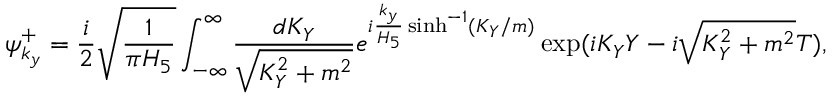
\psi _ { k _ { y } } ^ { + } = \frac { i } { 2 } \sqrt { \frac { 1 } { \pi H _ { 5 } } } \int _ { - \infty } ^ { \infty } \frac { d K _ { Y } } { \sqrt { K _ { Y } ^ { 2 } + m ^ { 2 } } } e ^ { i { \frac { k _ { y } } { H _ { 5 } } } \sinh ^ { - 1 } ( K _ { Y } / m ) } \exp ( i K _ { Y } Y - i \sqrt { K _ { Y } ^ { 2 } + m ^ { 2 } } T ) ,